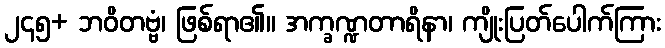
၂၄၅+ ဘဝိတဗ္ဗံ၊ ဖြစ်ရာ၏။ အက္ခဏ္ဍတာရိနာ၊ ကျိုးပြတ်ပေါက်ကြား